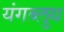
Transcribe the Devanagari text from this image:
यंगब्लुथ